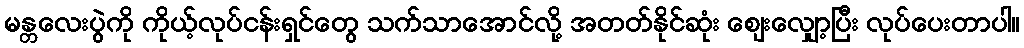
မန္တလေးပွဲကို ကိုယ့်လုပ်ငန်းရှင်တွေ သက်သာအောင်လို့ အတတ်နိုင်ဆုံး ဈေးလျှော့ပြီး လုပ်ပေးတာပါ။